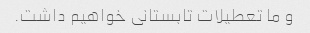
و ما تعطیلات تابستانی خواهیم داشت.